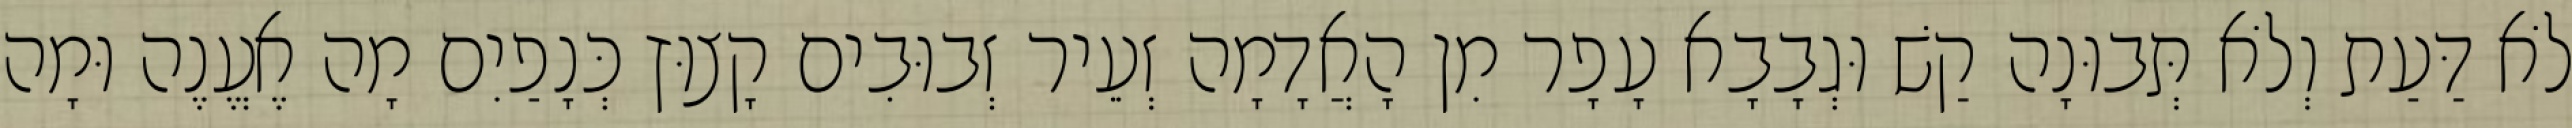
לֹא דַּעַת וְלֹא תְּבוּנָה קַשׁ וּגְבָבָא עָפָר מִן הָאֲדָמָה זְעֵיר זְבוּבִים קָצוּץ כְּנָפַיִם מָה אֶעֱנֶה וּמָה